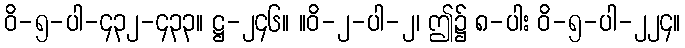
ဝိ-၅-ပါ-၄၃၂-၄၃၃။ ဋ္ဌ-၂၄၆။ ။ဝိ-၂-ပါ-၂၊ ဤ၌ ၈-ပါး ဝိ-၅-ပါ-၂၂၄။